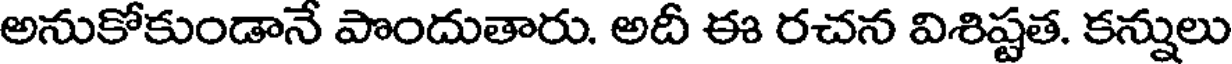
అనుకోకుండానే పొందుతారు. అదీ ఈ రచన విశిష్టత. కన్నులు